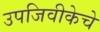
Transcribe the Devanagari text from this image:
उपजिवीकेचे